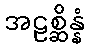
အဠစ္ဆိန္နံ